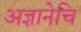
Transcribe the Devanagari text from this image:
अज्ञानेचि